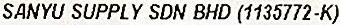
SANYU SUPPLY SDN BHD (1135772-K)